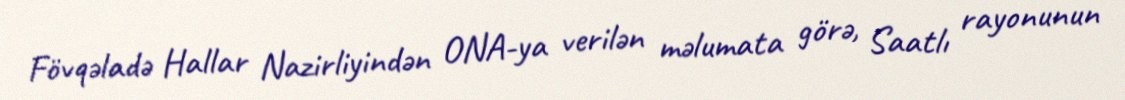
Fövqəladə Hallar Nazirliyindən ONA-ya verilən məlumata görə, Saatlı rayonunun